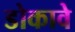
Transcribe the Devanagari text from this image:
डोकावे